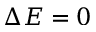
\Delta E = 0